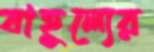
বাহুল্যের